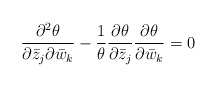
\begin{align*} \frac{\partial^2 \theta}{\partial\bar z_j \partial\bar w_k}-\frac 1{\theta} \frac{\partial \theta}{\partial\bar z_j}\frac{\partial \theta}{\partial\bar w_k}=0 \end{align*}